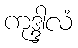
ကုဒ္ဒါလံ